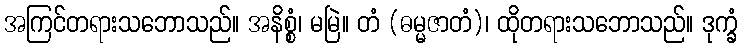
အကြင်တရားသဘောသည်။ အနိစ္စံ၊ မမြဲ။ တံ (ဓမ္မဇာတံ)၊ ထိုတရားသဘောသည်။ ဒုက္ခံ